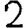
Digit: 2